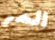
المر